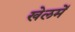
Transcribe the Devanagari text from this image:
खेलमें